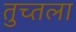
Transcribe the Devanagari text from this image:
तुच्तला